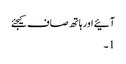
آئیے اور ہاتھ صاف کیجئے
1۔